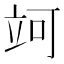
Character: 𥩤